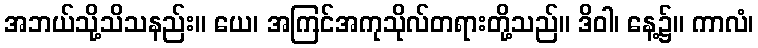
အဘယ်သို့သိသနည်း။ ယေ၊ အကြင်အကုသိုလ်တရားတို့သည်။ ဒိဝါ၊ နေ့၌။ ကာလံ၊